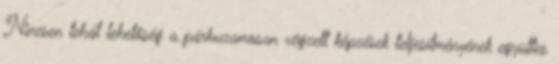
Nincsen tehát lehetőség a párhuzamosan végzett képzések teljesítményének együttes